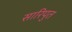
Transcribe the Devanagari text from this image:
सारिपुत